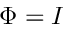
\Phi = I